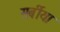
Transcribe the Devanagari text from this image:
सर्बीया